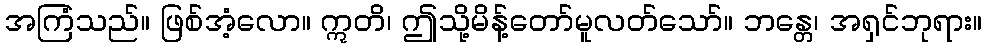
အကြံသည်။ ဖြစ်အံ့လော။ ဣတိ၊ ဤသို့မိန့်တော်မူလတ်သော်။ ဘန္တေ၊ အရှင်ဘုရား။